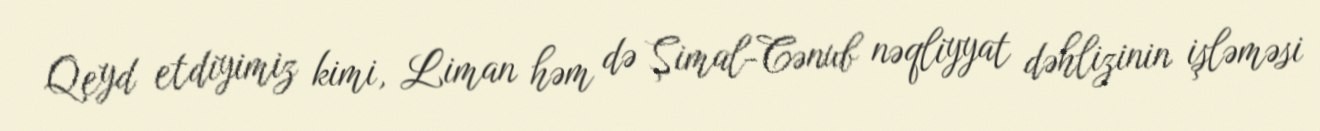
Qeyd etdiyimiz kimi, Liman həm də Şimal-Cənub nəqliyyat dəhlizinin işləməsi